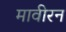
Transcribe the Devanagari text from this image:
मावीरन